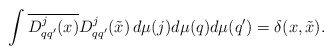
\begin{align*}\int \overline{D_{qq^{\prime }}^{j}(x)}D_{qq^{\prime }}^{j}(\tilde{x})\,d\mu(j)d\mu (q)d\mu (q^{\prime })=\delta (x,\tilde{x}). \end{align*}